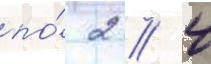
по́ 2 / 4